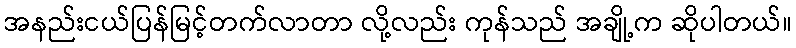
အနည်းငယ်ပြန်မြင့်တက်လာတာ လို့လည်း ကုန်သည် အချို့က ဆိုပါတယ်။